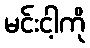
မင်းငါ့ကို